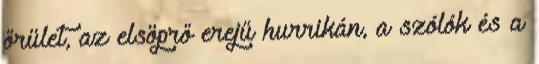
őrület, az elsöprő erejű hurrikán, a szólók és a